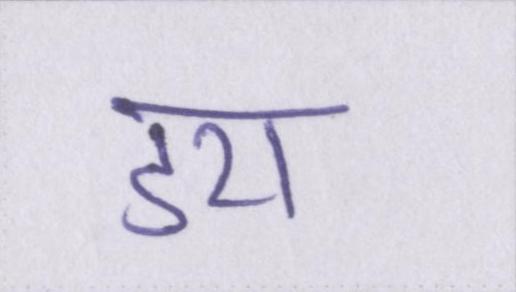
डरा